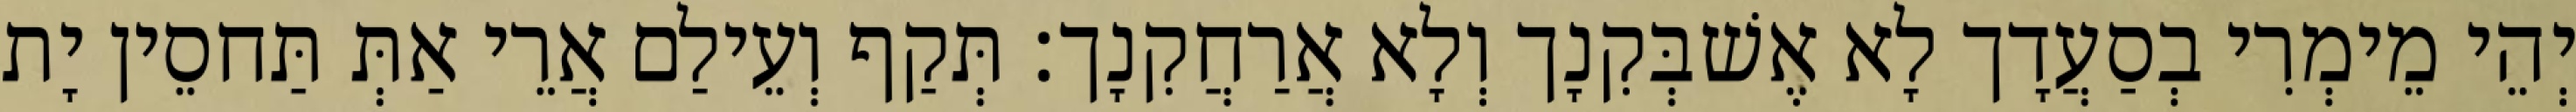
יְהֵי מֵימְרִי בְסַעֲדָך לָא אֶשׁבְּקִנָך וְלָא אֲרַחֲקִנָך׃ תְּקַף וְעֵילַם אֲרֵי אַתְּ תַּחסֵין יָת